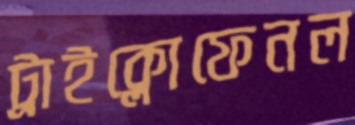
ট্রাইক্লোফেনল